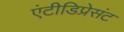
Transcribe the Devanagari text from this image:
एंटीडिप्रेसंट